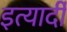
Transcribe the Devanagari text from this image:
इत्यार्दी